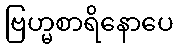
ဗြဟ္မစာရိနောပေ